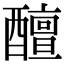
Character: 𨣚